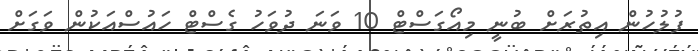
ފުލުހުން އިތުރަށް ބުނީ މިއޯގަސްޓް 10 ވަނަ ދުވަހު ގެސްޓް ހައުސްއަކުން ވަގަށް